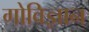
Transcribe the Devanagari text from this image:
गोविज्ञान